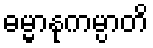
ဓမ္မာနုကမ္ပာတိ